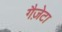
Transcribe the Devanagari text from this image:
गैज़ेटा